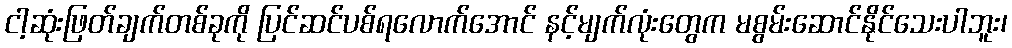
ငါ့ဆုံးဖြတ်ချက်တစ်ခုကို ပြင်ဆင်ပစ်ရလောက်အောင် နင့်မျက်လုံးတွေက မစွမ်းဆောင်နိုင်သေးပါဘူး၊